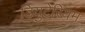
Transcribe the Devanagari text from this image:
डियुटेरियम